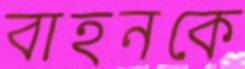
বাহনকে